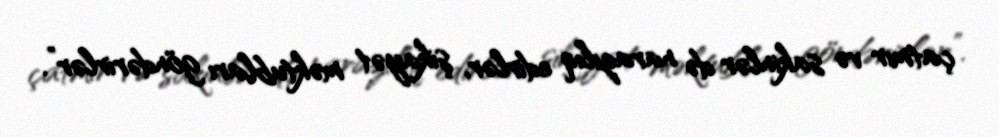
çatmır və sakinlər də narazılıq edirlər, şikayət məktubları göndərirlər”.